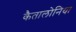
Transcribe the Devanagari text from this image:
कैतालोनिया